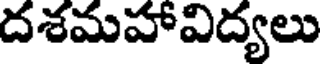
దశమహావిద్యలు